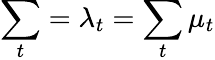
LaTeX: \sum_{t}=\lambda_{t}=\sum_{t}\mu_{t}